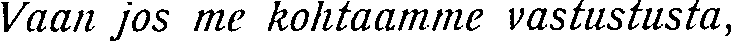
Vaan jos me kohtaamme vastustusta,